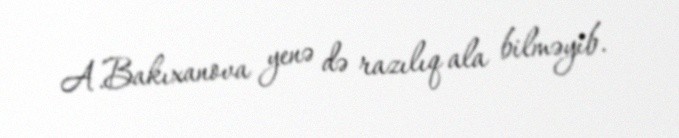
A.Bakıxanova yenə də razılıq ala bilməyib.